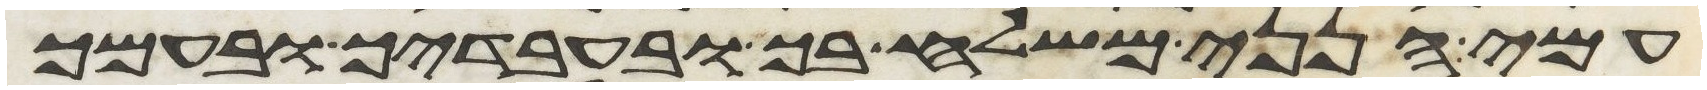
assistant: עמי הנני משלח בך ובעבדיך ובעמך